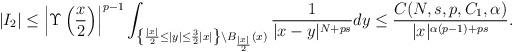
LaTeX: \begin{align*} \begin{aligned} |I_2|&\le \left|\Upsilon\left(\dfrac{x}2\right)\right|^{p-1} \int_{\left\{\frac{|x|}{2}\le|y|\le\frac{3}{2}|x|\right\} \setminus B_{\frac{|x|}2}(x)}\dfrac{1}{|x-y|^{N+ps}}dy \le \dfrac{C(N,s,p,C_1,\alpha)}{|x|^{\alpha(p-1)+ps}}. \end{aligned} \end{align*}